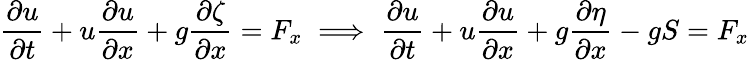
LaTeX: {\frac{\partial u}{\partial t}}+u{\frac{\partial u}{\partial x}}+g{\frac{\partial\zeta}{\partial x}}=F_{x}\implies{\frac{\partial u}{\partial t}}+u{\frac{\partial u}{\partial x}}+g{\frac{\partial\eta}{\partial x}}-gS=F_{x}